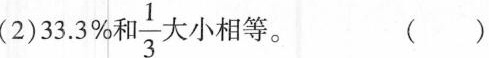
(2)33.3%和\frac{1}{3}大小相等。 ()